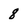
Character: 8